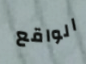
الواقع